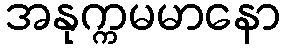
အနုက္ကမမာနော